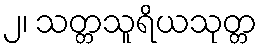
၂၊ သတ္တသူရိယသုတ္တ